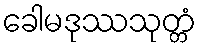
ခေါမဒုဿသုတ္တံ